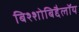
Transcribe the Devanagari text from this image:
बिश्शोबिद्दैलॉय